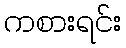
ကစားရင်း